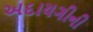
અદાયગીની